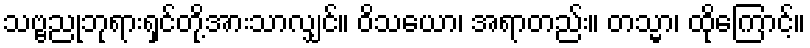
သဗ္ဗညုဘုရားရှင်တို့အားသာလျှင်။ ဝိသယော၊ အရာတည်း။ တသ္မာ၊ ထိုကြောင့်။